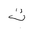
Letter: _ta